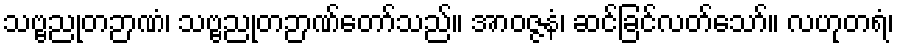
သဗ္ဗညုတဉာဏံ၊ သဗ္ဗညုတဉာဏ်တော်သည်။ အာဝဇ္ဇနံ၊ ဆင်ခြင်လတ်သော်။ လဟုတရံ၊